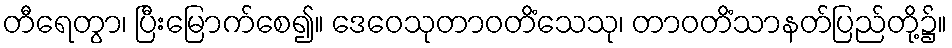
တီရေတွာ၊ ပြီးမြောက်စေ၍။ ဒေဝေသုတာဝတိံသေသု၊ တာဝတိံသာနတ်ပြည်တို့၌။